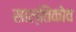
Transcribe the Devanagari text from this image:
साल्तिकोव